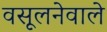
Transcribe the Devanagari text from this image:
वसूलनेवाले